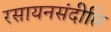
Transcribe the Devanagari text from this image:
रसायनसंदीप्ति